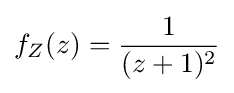
f_{Z}(z)={\frac {1}{(z+1)^{2}}}